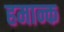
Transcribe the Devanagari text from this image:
हमान्क